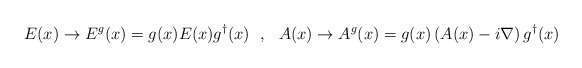
\begin{align*}E(x)\rightarrow E^g(x)=g(x) E(x) g^{\dagger}(x)~~,~~A(x)\rightarrow A^g(x)=g(x)\left( A(x)-i\nabla\right)g^{\dagger}(x)\end{align*}